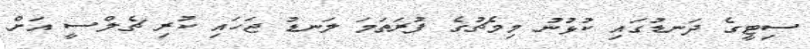
ސިޓީގެ ދަނޑުގައި ކުޅުނު މިމެޗުގެ ފުރަތަމަ ލަނޑު ޖަހައި ކުރި ޗެލްސީ އަށް